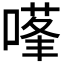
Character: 𭊊